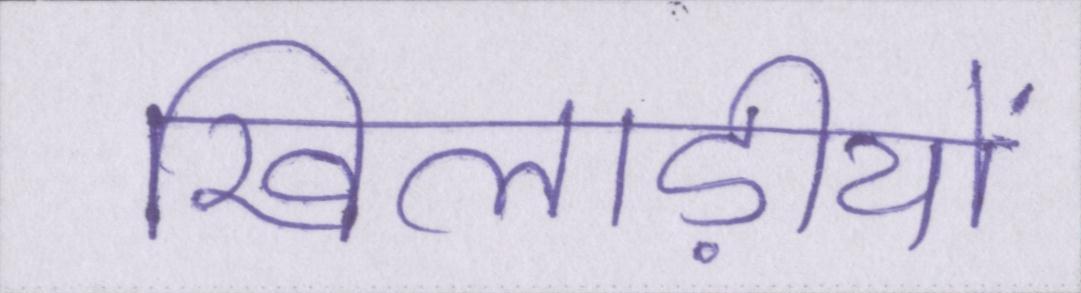
खिलाड़ीयों